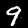
Label: 9